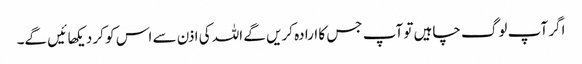
اگر آپ لوگ چاہیں تو آپ جس کا ارادہ کریں گے اللہ کی اذن سے اس کو کر دیکهائیں گے۔